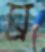
ঘ্র